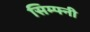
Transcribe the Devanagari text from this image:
सिम्फ्नी